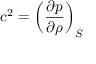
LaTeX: c ^ { 2 } = \left( { \frac { \partial p } { \partial \rho } } \right) _ { S }